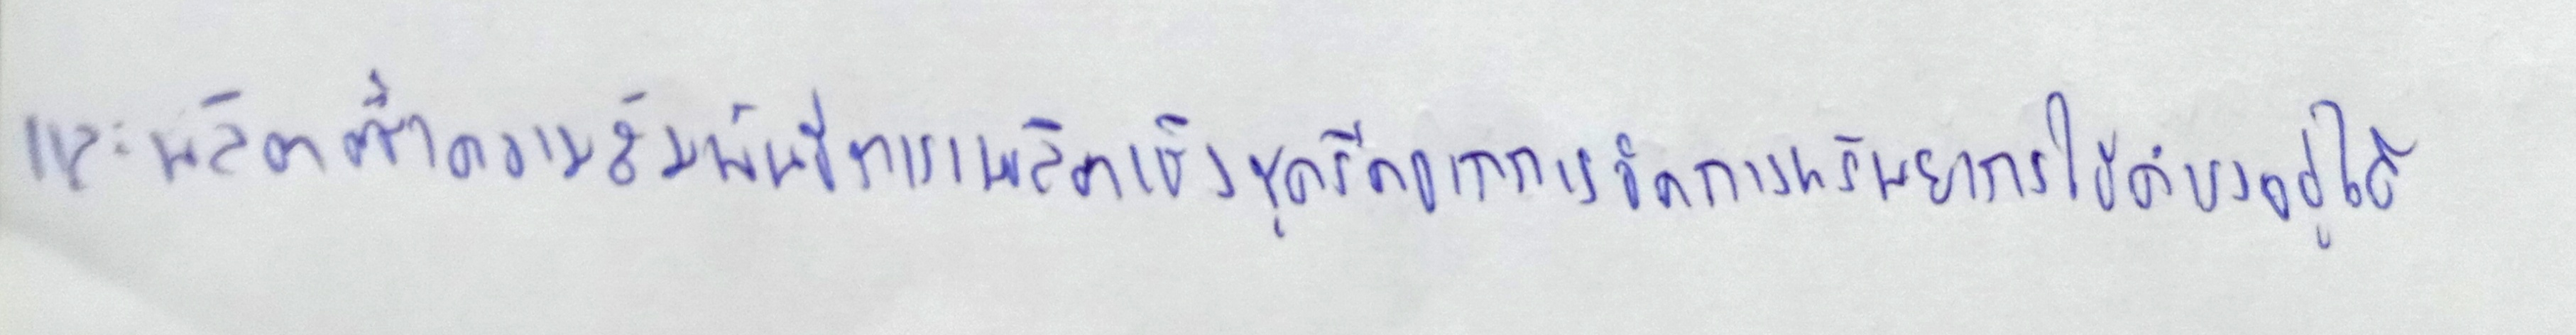
และผลิตซ้ำความสัมพันธ์การผลิตเชิงขูดรีดจากการจัดการทรัพยากรให้ดำรงอยู่ได้